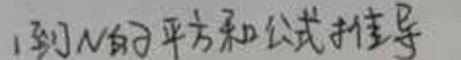
$1$到$N$的平方和公式推导